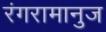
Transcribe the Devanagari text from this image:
रंगरामानुज